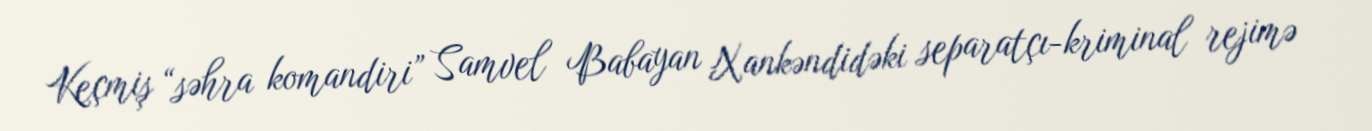
Keçmiş “səhra komandiri” Samvel Babayan Xankəndidəki separatçı-kriminal rejimə